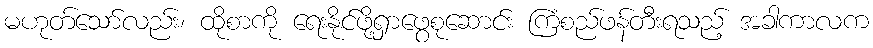
မဟုတ်သော်လည်း၊ ထိုစာကို ရေးနိုင်ဖို့ရှာဖွေစုဆောင်း ကြံစည်ဖန်တီးရသည့် အခါကာလက